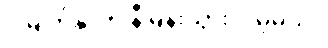
ငါ့မျက်နှာက နီမြန်းသွားလိမ့်မယ်။